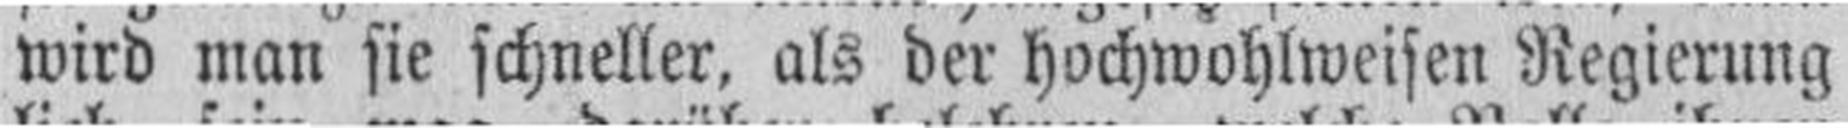
wird man sie schneller, als der hochwohlweisen Regierung